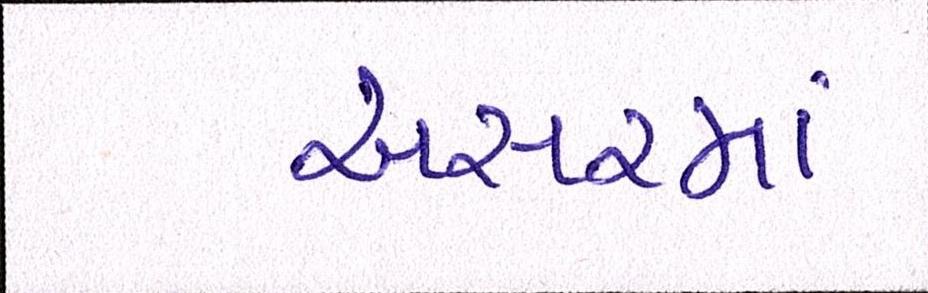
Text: અસરમાં